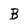
Character: B